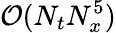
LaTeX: \mathcal{O}(N_{t}N_{x}^{5})